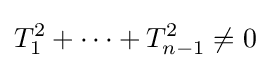
T_{1}^{2}+\cdots +T_{n-1}^{2}\neq 0